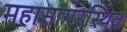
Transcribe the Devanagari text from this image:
महासागरस्थित